Scottish Leaving Certificate Examination, 1958
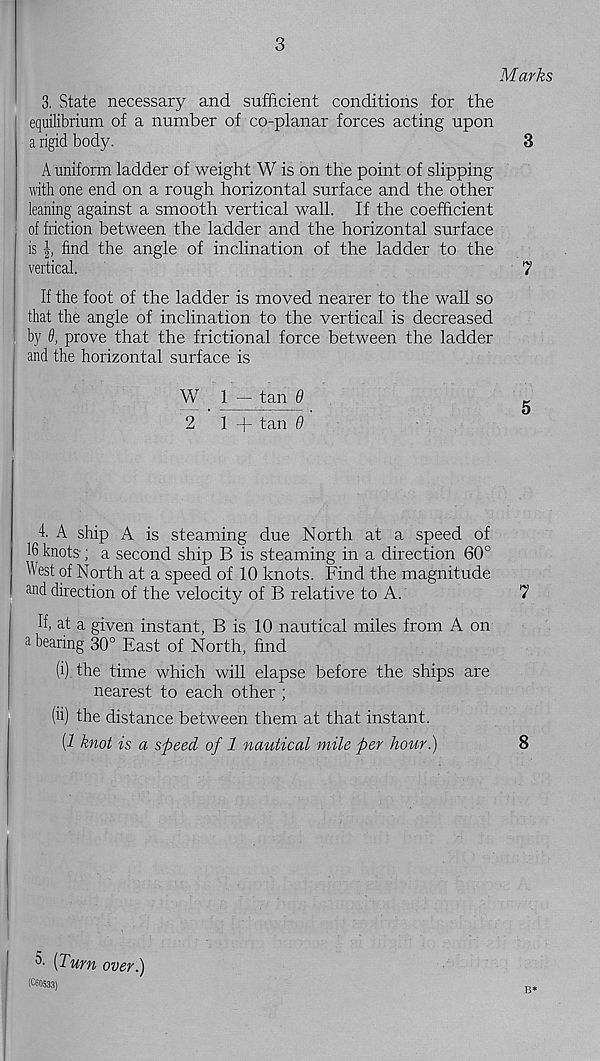
3
3. State necessary and sufficient conditions for the
equilibrium of a number of co-planar forces acting upon
a rigid body.
A uniform ladder of weight W is on the point of slipping
with one end on a rough horizontal surface and the other
leaning against a smooth vertical wall. If the coefficient
of friction between the ladder and the horizontal surface
is
find the angle of inclination of the ladder to the
vertical.
If the foot of the ladder is moved nearer to the wall so
that the angle of inclination to the vertical is decreased
by 0, prove that the frictional force between the ladder
and the horizontal surface is
W 1 —- tan 9
2
1 + tan 0
4. A ship A is steaming due North at a speed of
16 knots; a second ship B is steaming in a direction 60°
West of North at a speed of 10 knots. Find the magnitude
and direction of the velocity of B relative to A.
If, at a given instant, B is 10 nautical miles from A on
a bearing 30° East of North, find
(i) the time which will elapse before the ships are
nearest to each other ;
(u) the distance between them at that instant.
(i knot is a speed of 1 nautical mile per hour.)
6’ [Turn over.)
(C60533)
Marks
3
7
5
7
8